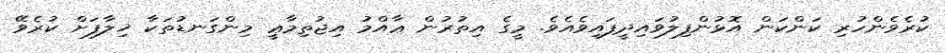
ކުރެވެންހުރި ކަންކަން އޮޅުންފިލުވައިދީފައިވެއެވެ. މީގެ އިތުރުން ޢާއްމު އިޖުތިމާޢީ މިންގަނޑުތަކާ ޚިލާފަށް ކުރެވޭ